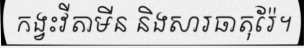
កង្វះវីតាមីន និងសារធាតុរ៉ែ។